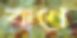
বাণে